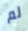
لم